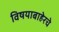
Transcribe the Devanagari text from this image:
विषयाबाहेरचे